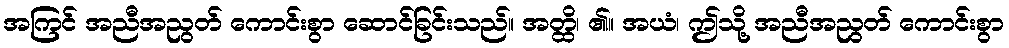
အကြင် အညီအညွတ် ကောင်းစွာ ဆောင်ခြင်းသည်။ အတ္ထိ၊ ၏။ အယံ၊ ဤသို့ အညီအညွတ် ကောင်းစွာ